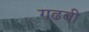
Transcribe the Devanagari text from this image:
गढ़वी